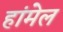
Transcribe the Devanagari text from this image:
हांमेल